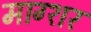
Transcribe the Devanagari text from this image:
माग्शर